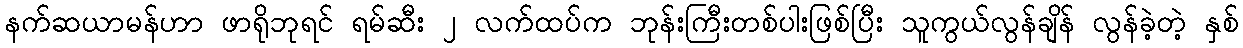
နက်ဆယာမန်ဟာ ဖာရိုဘုရင် ရမ်ဆီး ၂ လက်ထပ်က ဘုန်းကြီးတစ်ပါးဖြစ်ပြီး သူကွယ်လွန်ချိန် လွန်ခဲ့တဲ့ နှစ်